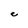
Character: e